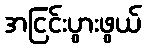
အငြင်းပွားဖွယ်